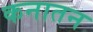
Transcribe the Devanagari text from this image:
कनातन